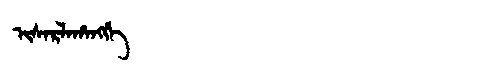
Manchu: ᡳᠰᠠᡵᠯᠠᡥᠠᠩᡤᡝ
Romanization: ISARLAHANGGE